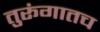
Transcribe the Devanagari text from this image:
तुरूंगातच